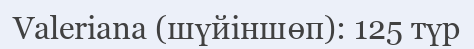
Valeriana (шүйіншөп): 125 түр